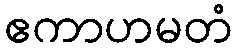
ဧကာဟမတံ